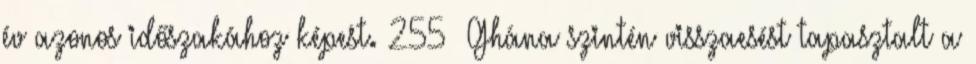
év azonos időszakához képest. 255 Ghána szintén visszaesést tapasztalt a